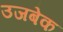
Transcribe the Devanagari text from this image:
उजबेक